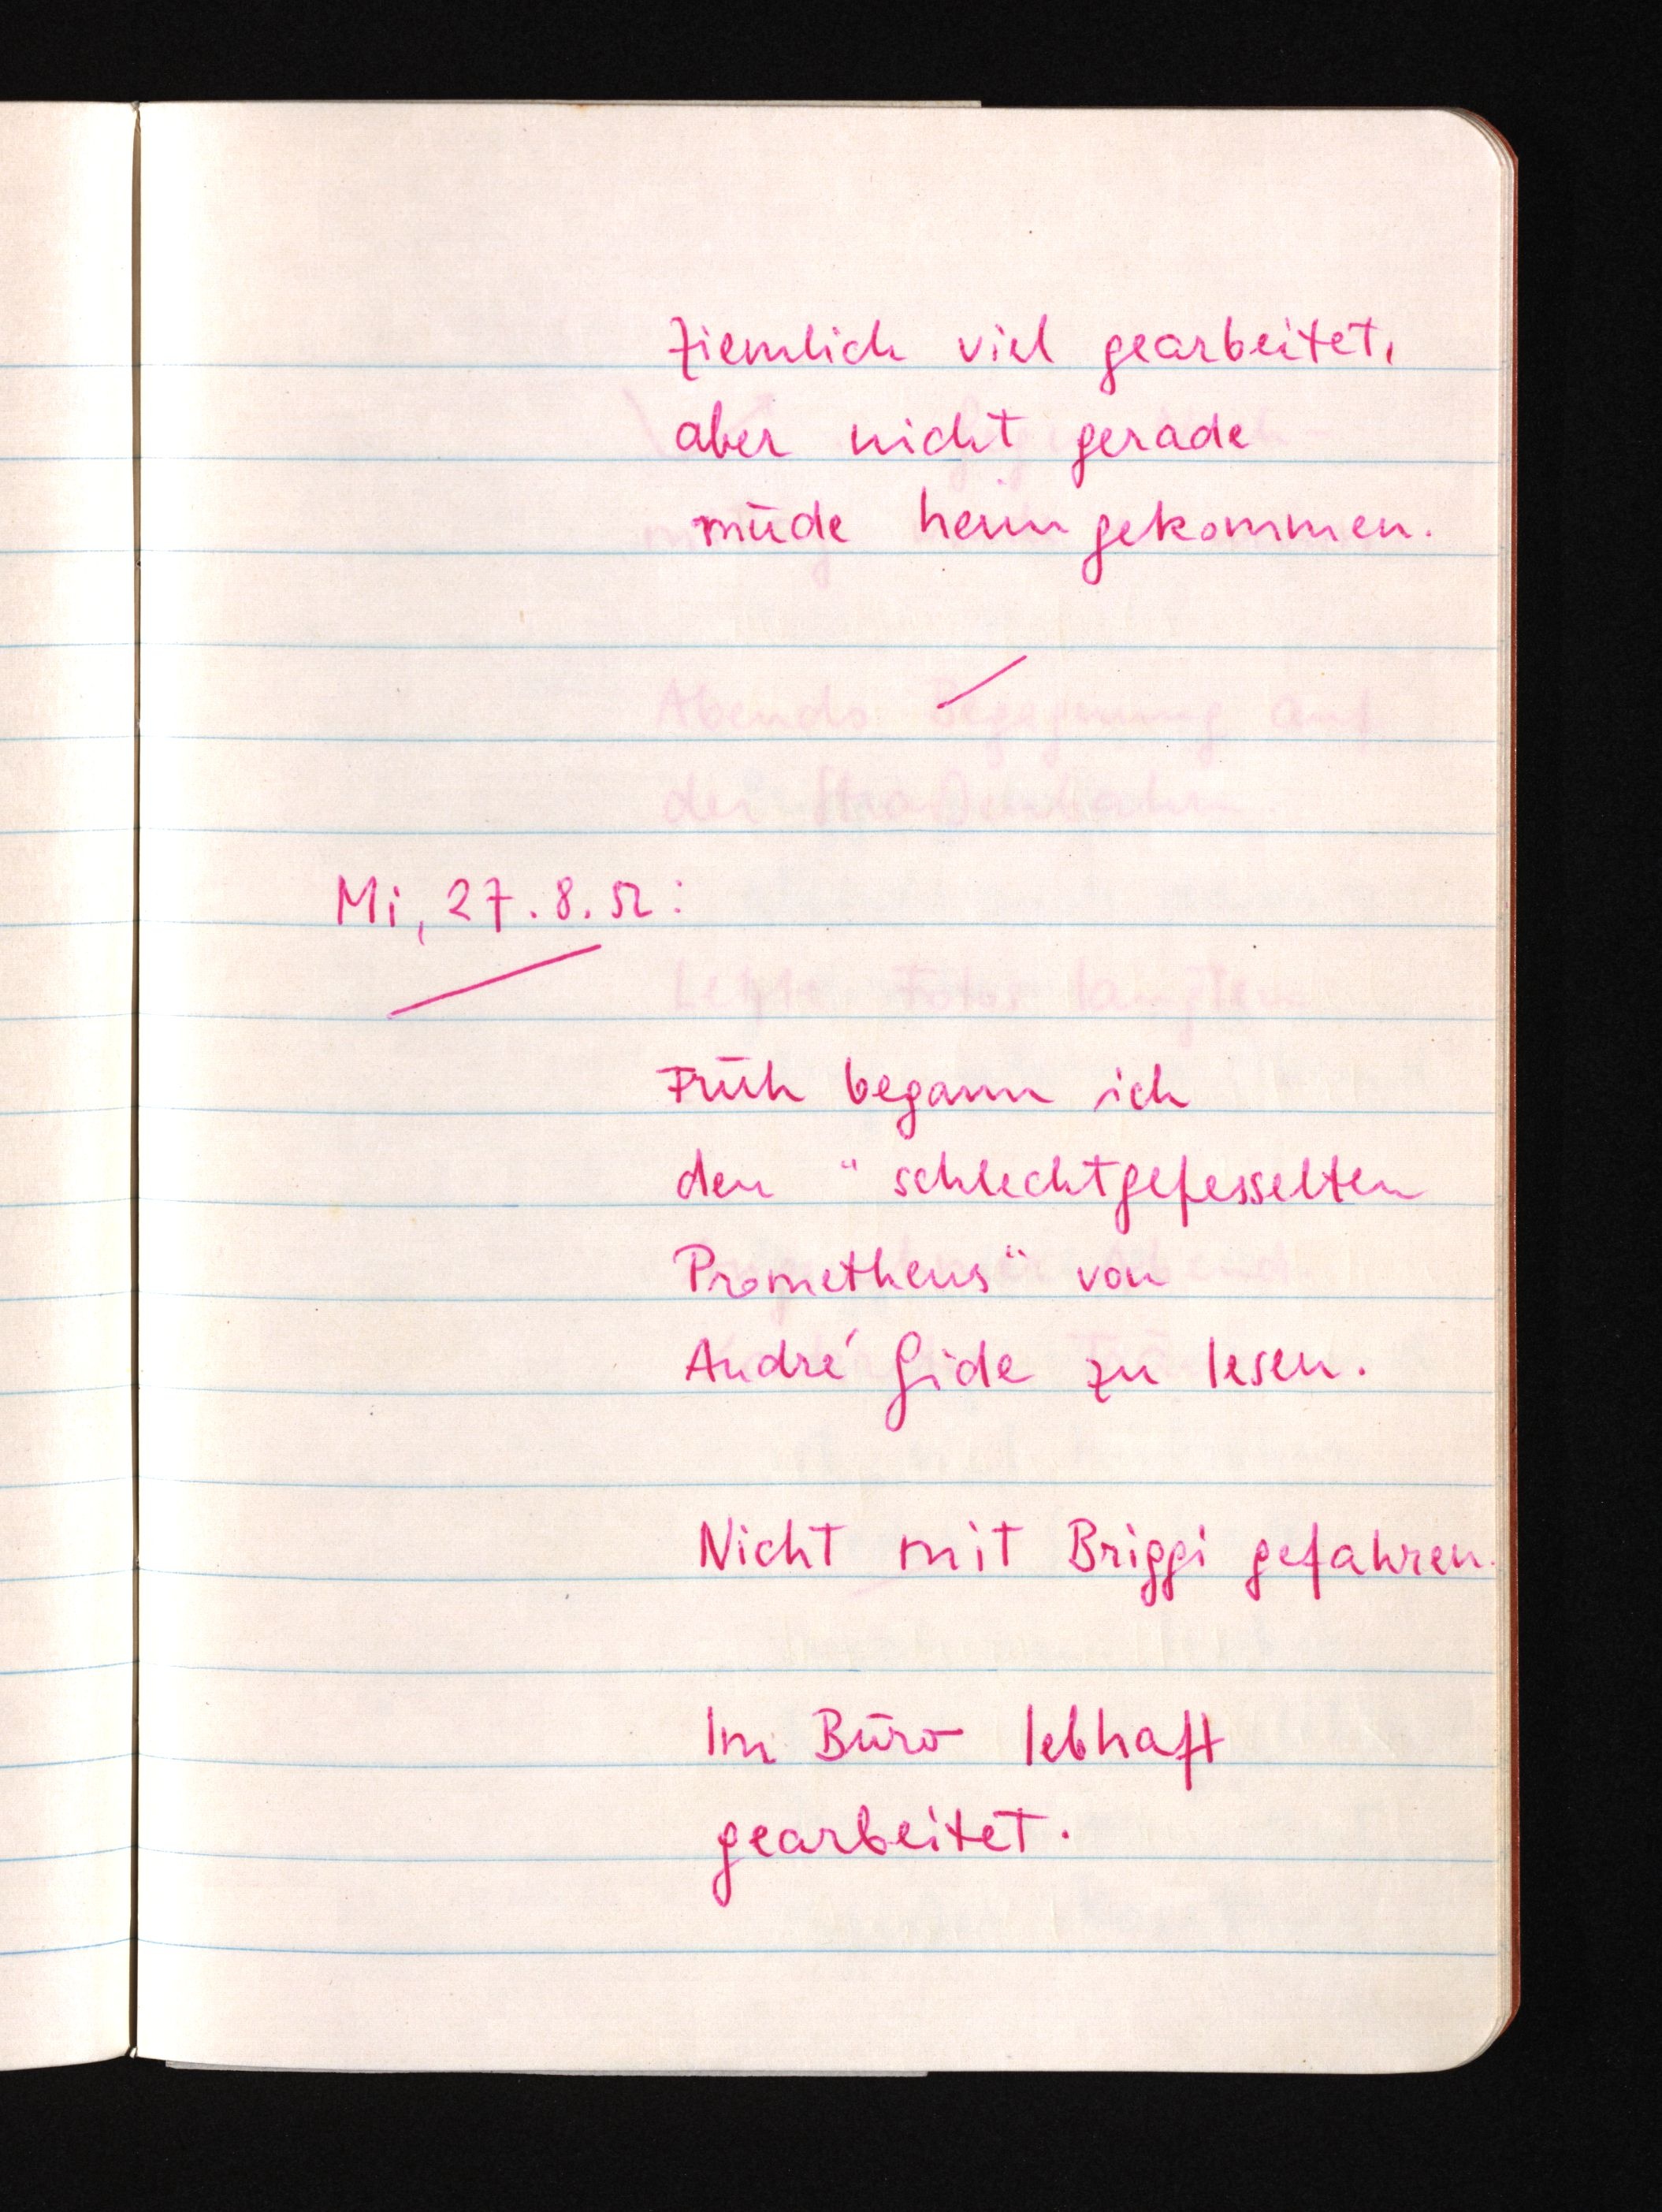
Ziemlich viel gearbeitet,
aber nicht gerade
müde heimgekommen.
Mi, 27.8.52:
Früh begann ich
den "schlechtgefesselten
Prometheus" von
André Gide zu lesen.
Nicht mit Briggi gefahren.
Im Büro lebhaft
gearbeitet.